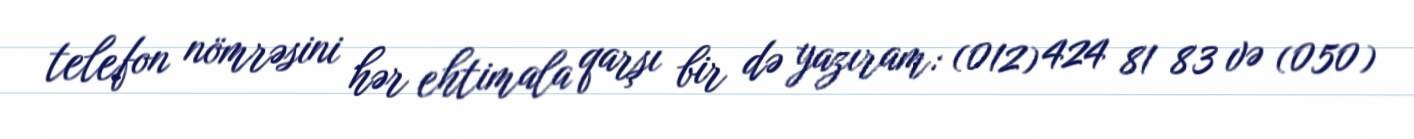
telefon nömrəsini hər ehtimala qarşı bir də yazıram: (012) 424 81 83 və (050)